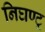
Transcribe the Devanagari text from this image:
निघण्टू